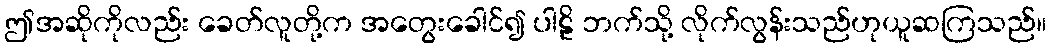
ဤအဆိုကိုလည်း ခေတ်လူတို့က အတွေးခေါင်၍ ပါဠိ ဘက်သို့ လိုက်လွန်းသည်ဟုယူဆကြသည်။